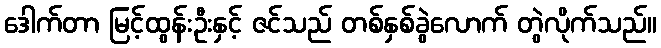
ဒေါက်တာ မြင့်ထွန်းဦးနှင့် ဇင်သည် တစ်နှစ်ခွဲလောက် တွဲလိုက်သည်။